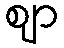
ဈာ